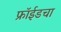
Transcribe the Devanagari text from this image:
फ्रॉईडचा